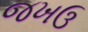
જખઉ